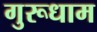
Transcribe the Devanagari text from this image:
गुरूधाम